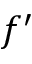
f ^ { \prime }